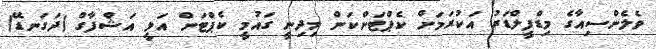
ވެލެންސިއާގެ މިޑްފީލްޑަރު އަކުރަމަށް ކެޕްޓަންކަން މިދިނީ ގައުމީ ކެޕްޓަން އަލީ އަޝްފާގް (ދަގަނޑޭ)